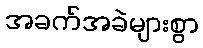
အခက်အခဲများစွာ